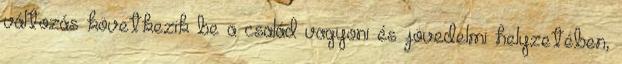
változás következik be a család vagyoni és jövedelmi helyzetében,